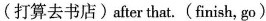
(打算去书店)after that. (finish, go)